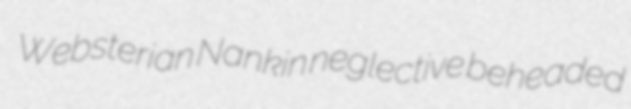
Websterian Nankin neglective beheaded